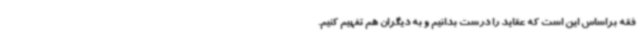
فقه براساس این است که عقاید را درست بدانیم و به دیگران هم تفهیم کنیم.